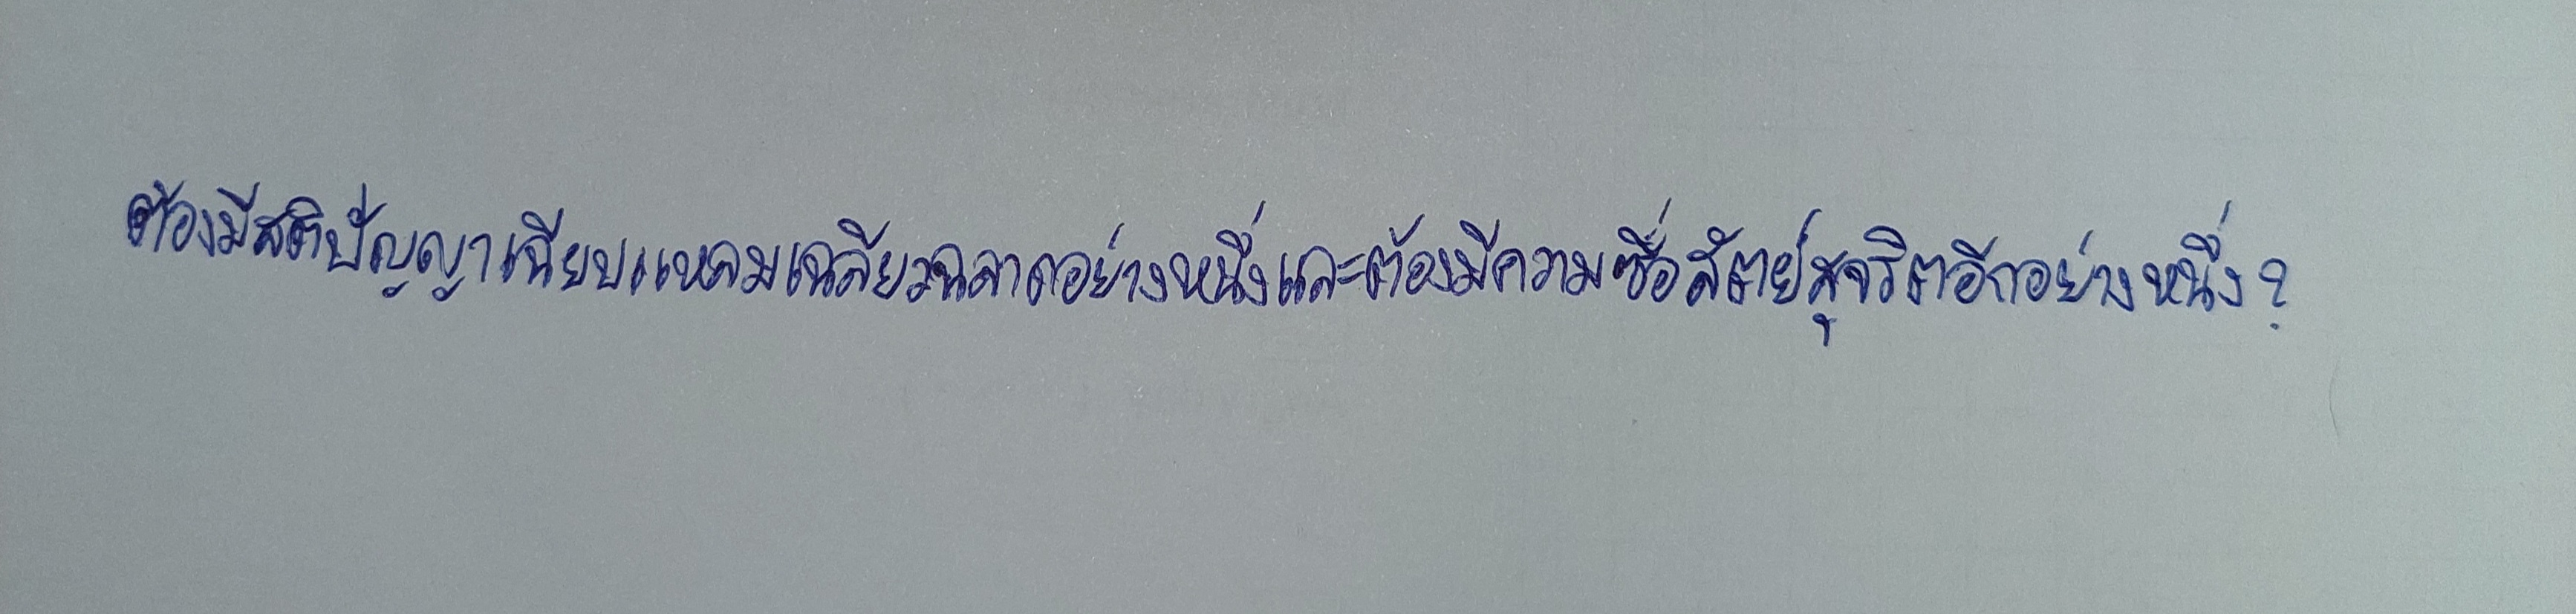
ต้องมีสติปัญญาเฉียบแหลมเฉลียวฉลาดอย่างหนึ่งและต้องมีความซื่อสัตย์สุจริตอีกอย่างหนึ่ง?